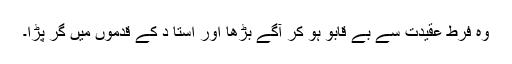
وہ فرط عقیدت سے بے قابو ہو کر آگے بڑھا اور استا د کے قدموں میں گر پڑا۔